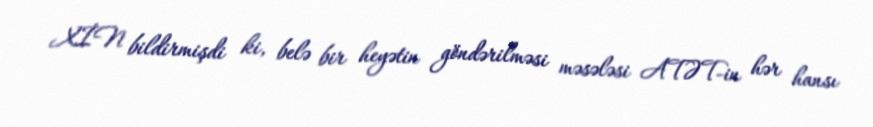
XİN bildirmişdi ki, belə bir heyətin göndərilməsi məsələsi ATƏT-in hər hansı